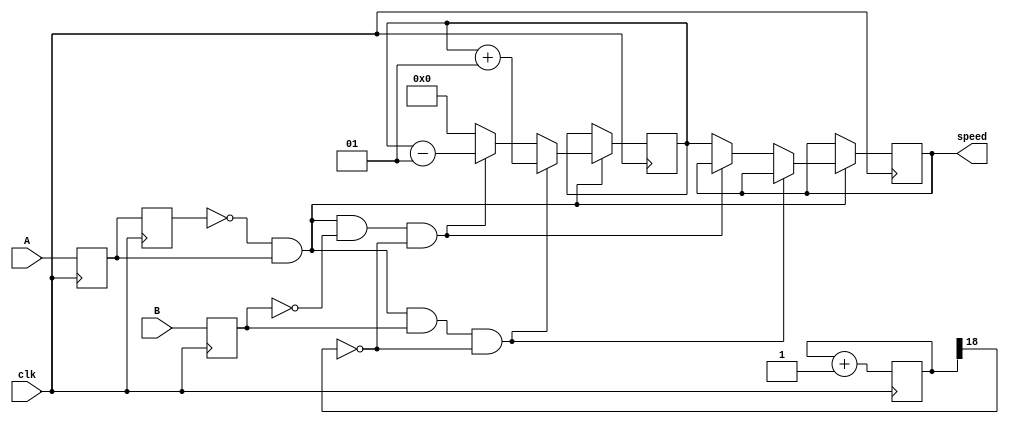
module Quadriture 
	(
	
		input wire A,                      // Feedback from motor
		input wire B,                      // Feedback from motor
		input wire clk,                    // 50 MHz clock
		
		output reg signed [7 : 0] speed    // The speed calculated from the feedback (signed)
	
	);
	
	// REG/WIRE Declarations
	reg DFlopA, DFlopB, LastA;
	reg signed [7 : 0] counter;                // Up/Down counter that tracks ticks
	reg [18 : 0] counterOverflow;              // Controls when the reg is enabled to take in the counter total (19 bits)
	reg [7 : 0] holdSpeed;
	wire count, up;
	
	// Assignments
	assign count = ~LastA & DFlopA;
	assign up = DFlopB;
	
	// Register logic
	always @(posedge clk) begin
		counterOverflow <= counterOverflow + 1;
		DFlopA <= A;
		DFlopB <= B;
		LastA <= DFlopA;
		if (~count) begin                                                       // Covers conditions where enable is 0
			counter <= counter;
			speed <= speed;
		end else if (count && up && ~counterOverflow[18]) begin            // Covers condition for up count
			counter <= counter + 1;
			speed <= speed;
		end else if (count && ~up && ~counterOverflow[18]) begin           // Covers condition for down count
			counter <= counter - 1;
			speed <= speed;
		end else begin                          // Covers overflow condition
			speed <= counter;
			counter <= 0;
		end
	end
	
endmodule